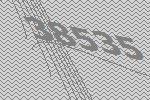
38535